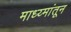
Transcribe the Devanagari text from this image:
माध्य्मांतून